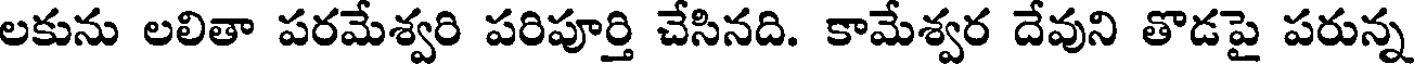
లకును లలితా పరమేశ్వరి పరిపూర్తి చేసినది. కామేశ్వర దేవుని తొడపై పరున్న